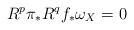
LaTeX: \begin{align*}R^p\pi_*R^qf_*\omega_X=0\end{align*}